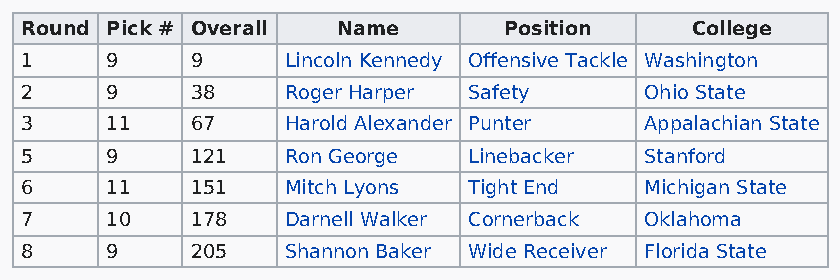
Round Pick # Overall Name       Position     College
 1     9     9     Lincoln Kennedy Offensive Tackle Washington
 2     9     38    Roger Harper Safety     Ohio State
 3     11    67    Harold Alexander Punter Appalachian State
 5     9     121   Ron George  Linebacker  Stanford
 6     11    151   Mitch Lyons Tight End   Michigan State
 7     10    178   Darnell Walker Cornerback Oklahoma
 8     9     205   Shannon Baker Wide Receiver Florida State